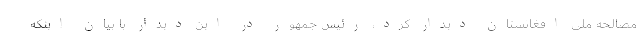
مصالحه ملی افغانستان دیدار کرد، رئیس جمهور در این دیدار با بیان اینکه